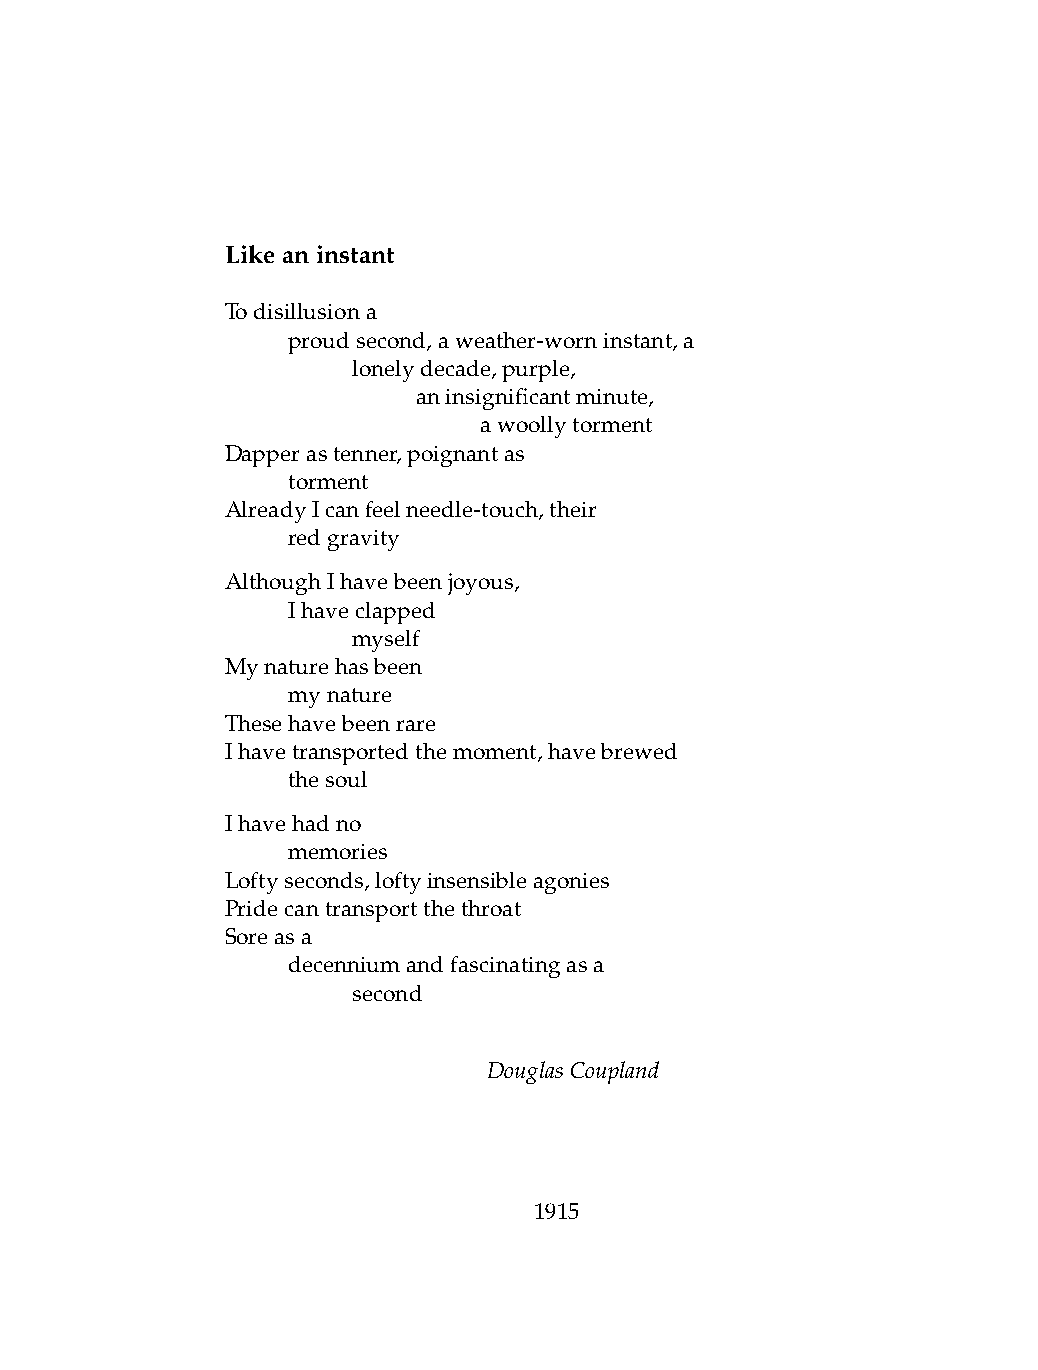
Likeaninstant
 Todisillusiona
 .   proudsecond,aweather-worninstant,a
 .   .   lonelydecade,purple,
 .   .   .    aninsignificantminute,
 .   .   .    .   awoollytorment
 Dapperastenner,poignantas
 .   torment
 AlreadyIcanfeelneedle-touch,their
 .   redgravity
 AlthoughIhavebeenjoyous,
 .   Ihaveclapped
 .   .   myself
 Mynaturehasbeen
 .   mynature
 Thesehavebeenrare
 Ihavetransportedthemoment,havebrewed
 .   thesoul
 Ihavehadno
 .   memories
 Loftyseconds,loftyinsensibleagonies
 Pridecantransportthethroat
 Soreasa
 .   decenniumandfascinatingasa
 .   .   second
 DouglasCoupland
 1915